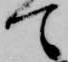
て